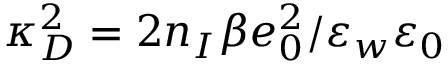
\kappa _ { D } ^ { 2 } = 2 n _ { I } \beta e _ { 0 } ^ { 2 } / \varepsilon _ { w } \varepsilon _ { 0 }